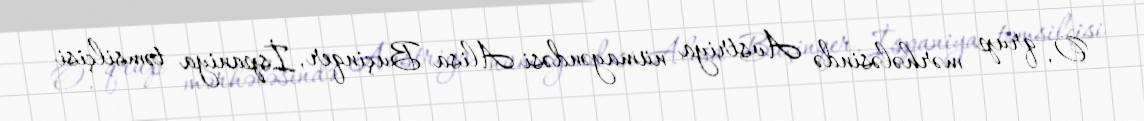
O, qrup mərhələsində Avstriya nümayəndəsi Alisa Buçinqer, İspaniya təmsilçisi